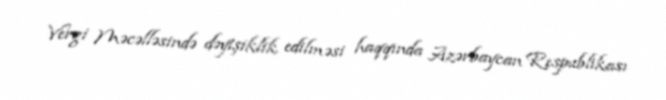
Vergi Məcəlləsində dəyişiklik edilməsi haqqında Azərbaycan Respublikası